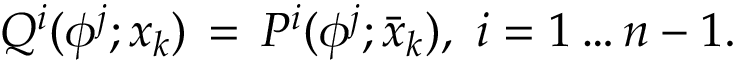
Q ^ { i } ( \phi ^ { j } ; x _ { k } ) \, = \, P ^ { i } ( \phi ^ { j } ; \bar { x } _ { k } ) , \ i = 1 \dots n - 1 .